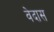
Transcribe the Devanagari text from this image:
वेदास